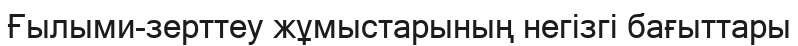
Ғылыми-зерттеу жұмыстарының негізгі бағыттары